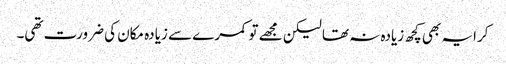
کرایہ بھی کچھ زیادہ نہ تھا لیکن مجھے تو کمرے سے زیادہ مکان کی ضرورت تھی۔